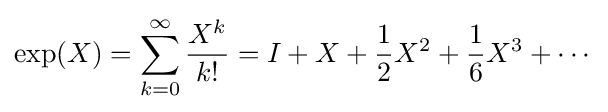
\exp(X)=\sum _{k=0}^{\infty }{\frac {X^{k}}{k!}}=I+X+{\frac {1}{2}}X^{2}+{\frac {1}{6}}X^{3}+\cdots